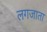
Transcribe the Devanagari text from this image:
लगजाता